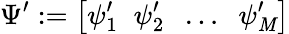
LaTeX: \Psi^{\prime}:=\big[\psi_{1}^{\prime}\; \; \psi_{2}^{\prime}\; \; \dots\; \; \psi_{\mathit{M}}^{\prime}\big]